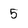
Character: 5